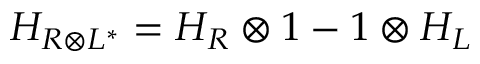
H _ { R \otimes L ^ { * } } = H _ { R } \otimes 1 - 1 \otimes H _ { L }